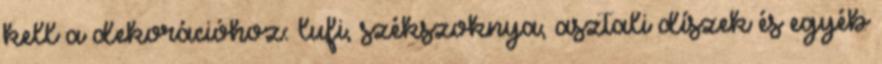
kell a dekorációhoz: lufi, székszoknya, asztali díszek és egyéb